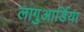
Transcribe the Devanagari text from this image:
लागुआर्डिया